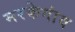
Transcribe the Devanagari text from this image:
मरकेगांव